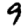
Digit: 9